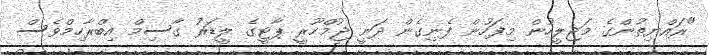
"ރައްޔިތުންގެ މަޖިލީހުން މިފަހުން ފެނިގެން ދަނީ ޖުމްހޫރީ ޕާޓީގެ ލީޑަރު ގާސިމް އިބްރާހިމްވެސް